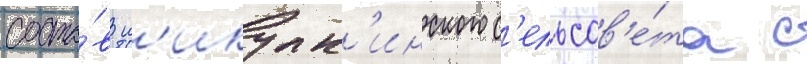
соста́в н'икулк'инского с'ельсов'е́та с